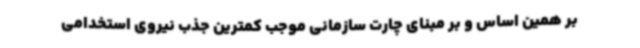
بر همین اساس و بر مبنای چارت سازمانی موجب کمترین جذب نیروی استخدامی